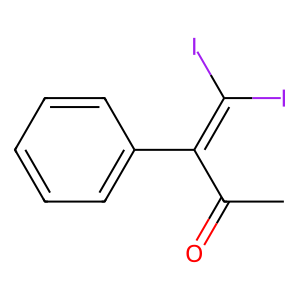
SMILES: CC(=O)C(=C(I)I)c1ccccc1
Inhibits HIV replication: No